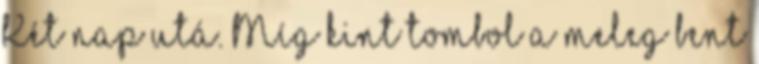
Két nap utá. Míg kint tombol a meleg bent